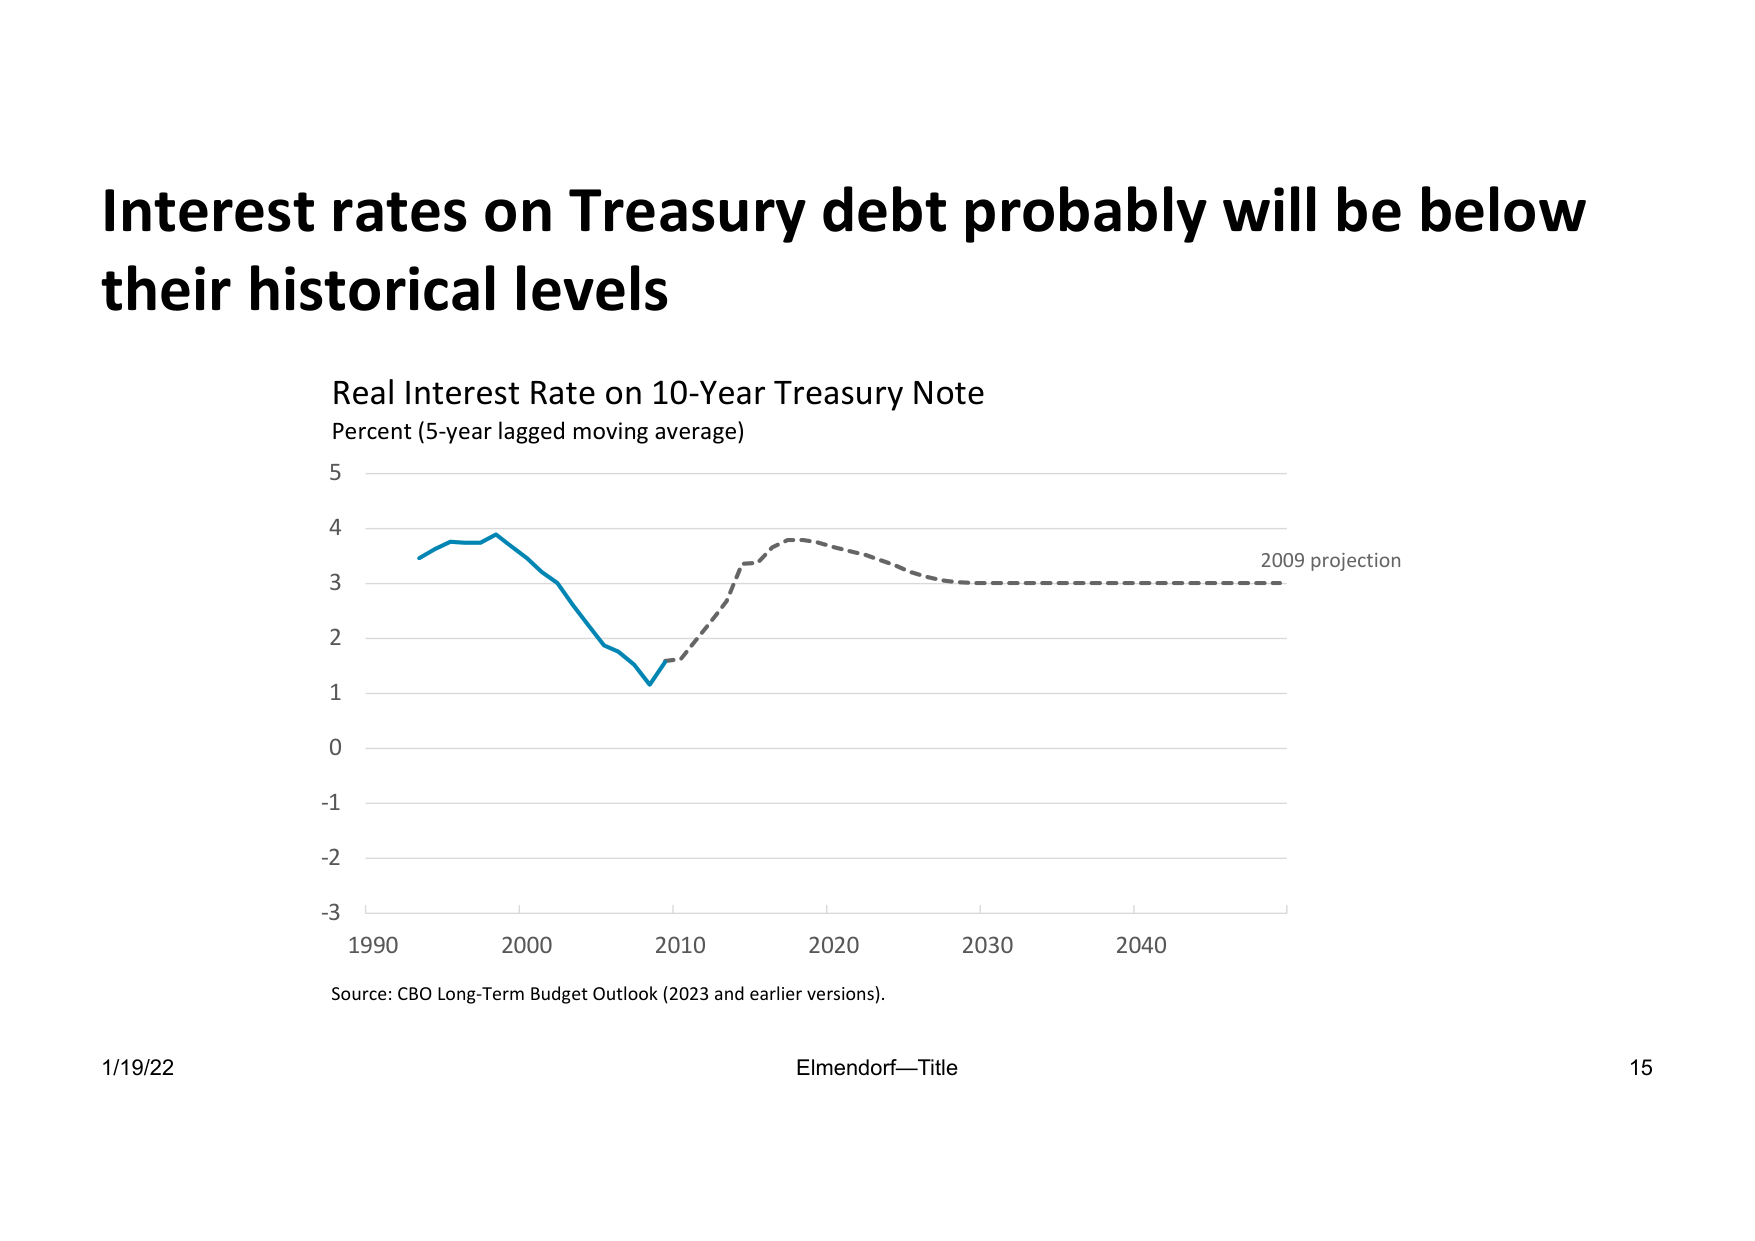
Interest rates on Treasury debt probably will be below their historical levels

Real Interest Rate on 10-Year Treasury Note
Percent (5-year lagged moving average)

5
4
3
2
1
0
-1
-2
-3

1990    2000    2010    2020    2030    2040

2009 projection

Source: CBO Long-Term Budget Outlook (2023 and earlier versions).

1/19/22    Elmendorf—Title    15